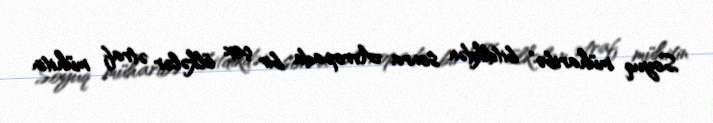
Soyuq müharibə" bitdikdən sonra Avropada bir çox ölkələr ətraf mühitin